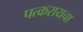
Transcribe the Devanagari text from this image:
पत्करायचा